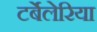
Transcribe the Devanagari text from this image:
टर्बेलेरिया